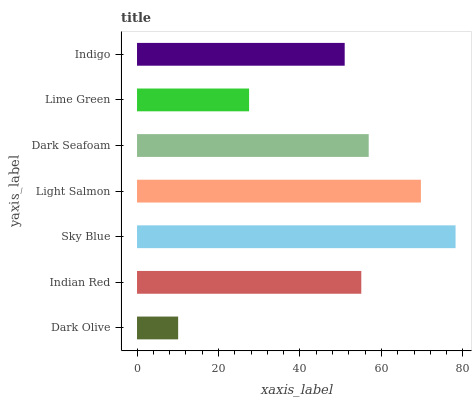
| yaxis_label | bars |
 | --- | --- |
 | Dark Olive | 10.1 |
 | Indian Red | 55 |
 | Sky Blue | 78.2 |
 | Light Salmon | 69.7 |
 | Dark Seafoam | 56.9 |
 | Lime Green | 27.5 |
 | Indigo | 51 |